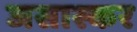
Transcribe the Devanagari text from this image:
जसास्कर